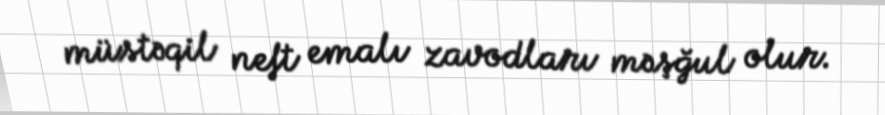
müstəqil neft emalı zavodları məşğul olur.